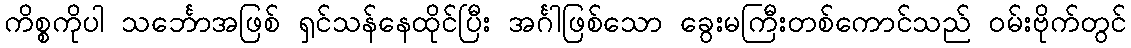
ကိစ္စကိုပါ သင်္ဘောအဖြစ် ရှင်သန်နေထိုင်ပြီး အင်္ဂါဖြစ်သော ခွေးမကြီးတစ်ကောင်သည် ဝမ်းဗိုက်တွင်